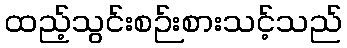
ထည့်သွင်းစဉ်းစားသင့်သည်